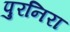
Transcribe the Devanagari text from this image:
पुरनिरा